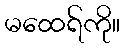
မထေရ်ကို။